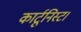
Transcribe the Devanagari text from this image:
कार्टूनिस्ट।